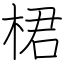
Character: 桾